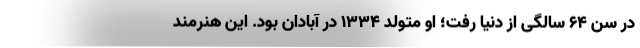
در سن 64 سالگی از دنیا رفت؛ او متولد 1334 در آبادان بود. این هنرمند